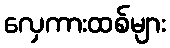
လှေကားထစ်များ